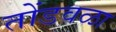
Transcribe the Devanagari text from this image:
तोंडवळा